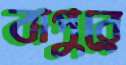
বাপুরে